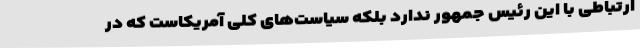
ارتباطی با این رئیس جمهور ندارد بلکه سیاست‌های کلی آمریکاست که در